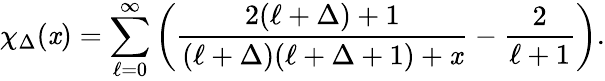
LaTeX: \chi_{\Delta}(\mathit{x})=\sum_{\ell=0}^{\infty}\left(\frac{{2(\ell+\Delta)+1}}{{(\ell+\Delta)(\ell+\Delta+1)+\mathit{x}}}-\frac{{2}}{{\ell+1}}\right).